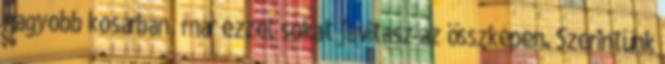
nagyobb kosárban, már ezzel sokat javítasz az összképen. Szerintünk